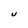
Character: U